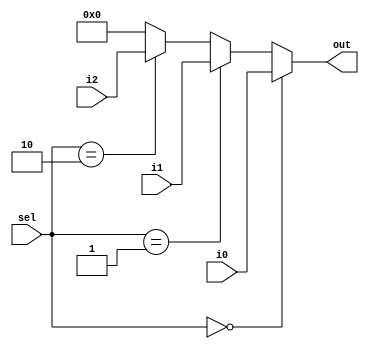
module mux3to1(i0, i1, i2, sel, out);
	input[31:0] i0, i1, i2;
	input[1:0] sel;
	output[31:0] out;
	assign out = (sel==2'b00) ? i0:
			(sel==2'b01) ? i1:
			(sel==2'b10) ? i2: 0;
endmodule